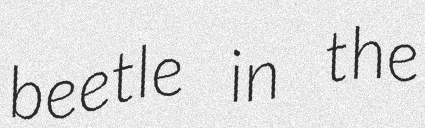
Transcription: beetle in the